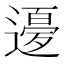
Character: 𲅵